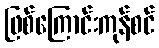
ဖြစ်ကြောင်းကုန်စင်